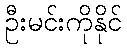
ဦးမင်းကိုနိုင်